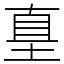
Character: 𡌴